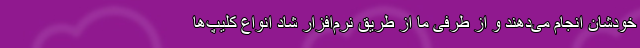
خودشان انجام می‌دهند و از طرفی ما از طریق نرم‌افزار شاد انواع کلیپ‌ها